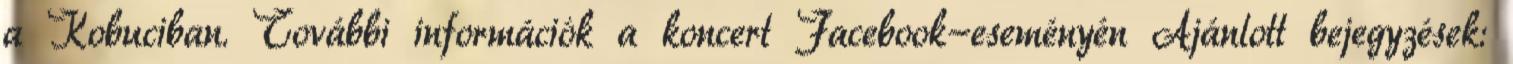
a Kobuciban. További információk a koncert Facebook-eseményén Ajánlott bejegyzések: